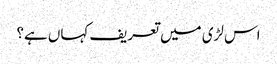
اس لڑی میں تعریف کہاں ہے؟